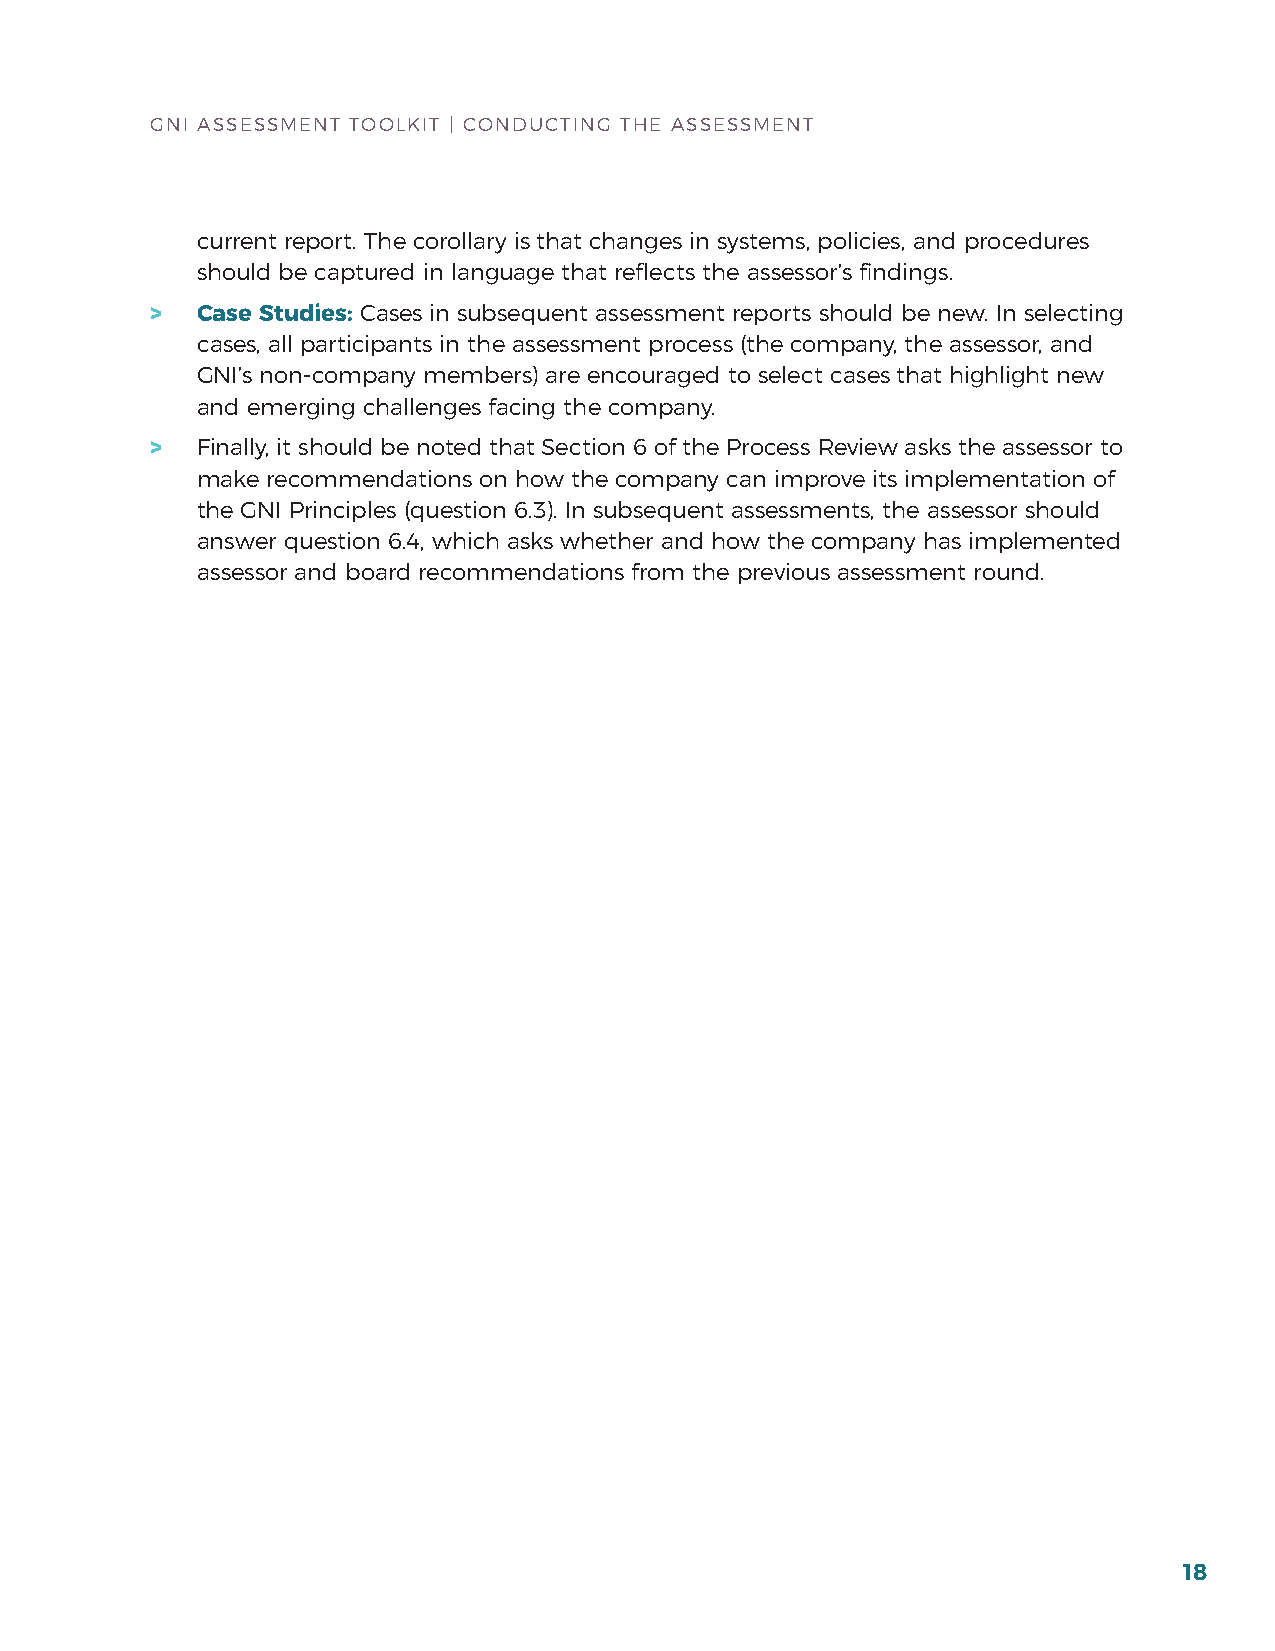
GNI ASSESSMENT TOOLKIT | CONDuCTING ThE ASSESSMENT
 current report. The corollary is that changes in systems, policies, and procedures
 should be captured in language that reflects the assessor’s findings.
 >  Case Studies: Cases in subsequent assessment reports should be new. In selecting
 cases, all participants in the assessment process (the company, the assessor, and
 GNI’s non-company members) are encouraged to select cases that highlight new
 and emerging challenges facing the company.
 >  finally, it should be noted that Section 6 of the Process review asks the assessor to
 make recommendations on how the company can improve its implementation of
 the GNI Principles (question 6.3). In subsequent assessments, the assessor should
 answer question 6.4, which asks whether and how the company has implemented
 assessor and board recommendations from the previous assessment round.
 18